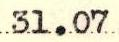
31.07